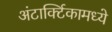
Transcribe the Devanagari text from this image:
अंटार्क्टिकामध्ये